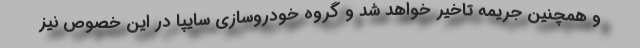
و همچنین جریمه تاخیر خواهد شد و گروه خودروسازی سایپا در این خصوص نیز